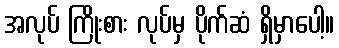
အလုပ် ကြိုးစား လုပ်မှ ပိုက်ဆံ ရှိမှာပေါ့။